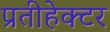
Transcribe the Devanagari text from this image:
प्रतीहेक्टर